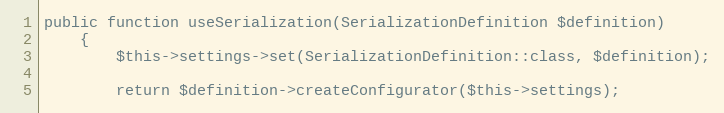
Language: PHP
public function useSerialization(SerializationDefinition $definition)
    {
        $this->settings->set(SerializationDefinition::class, $definition);

        return $definition->createConfigurator($this->settings);